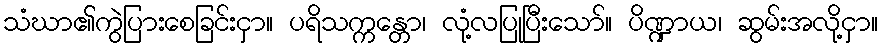
သံဃာ၏ကွဲပြားစေခြင်းငှာ။ ပရိသက္ကန္တော၊ လုံ့လပြုပြီးသော်။ ပိဏ္ဍာယ၊ ဆွမ်းအလို့ငှာ။